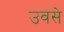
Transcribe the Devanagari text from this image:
उवसे